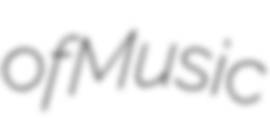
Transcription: of Music